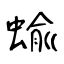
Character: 蝓